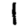
Digit: 1